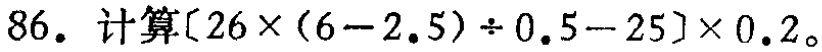
86. 计算\([26\times(6 - 2.5)\div0.5 - 25]\times0.2\)。